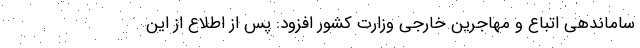
ساماندهی اتباع و مهاجرین خارجی وزارت کشور افزود: پس از اطلاع از این